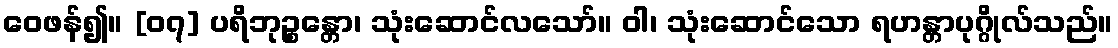
ဝေဖန်၍။ [၀၇] ပရိဘုဉ္စန္တော၊ သုံးဆောင်လသော်။ ဝါ၊ သုံးဆောင်သော ရဟန္တာပုဂ္ဂိုလ်သည်။